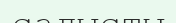
салысты